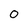
Character: 0